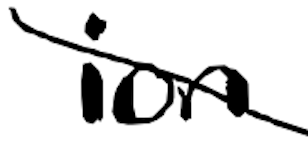
Text: ion
Cross-out: diagonal
Writing tool: digital_black